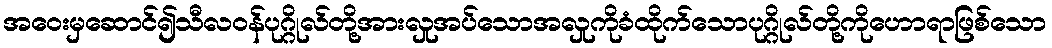
အဝေးမှဆောင်၍သီလဝန်ပုဂ္ဂိုလ်တို့အားလှုအပ်သောအလှုကိုခံထိုက်သောပုဂ္ဂိုလ်တို့ကိုဟောရာဖြစ်သော